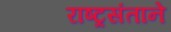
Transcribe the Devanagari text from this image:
राष्ट्रसंताने